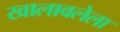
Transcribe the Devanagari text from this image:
खालावलेला